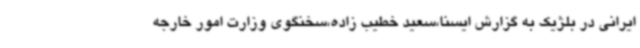
ایرانی در بلژیک به گزارش ایسنا،سعید خطیب زاده،سخنگوی وزارت امور خارجه